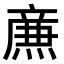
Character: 𤎉